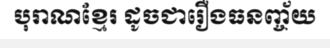
បុរាណខ្មែរ ដូចជារឿងធនញ្ច័យ